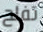
تفلح